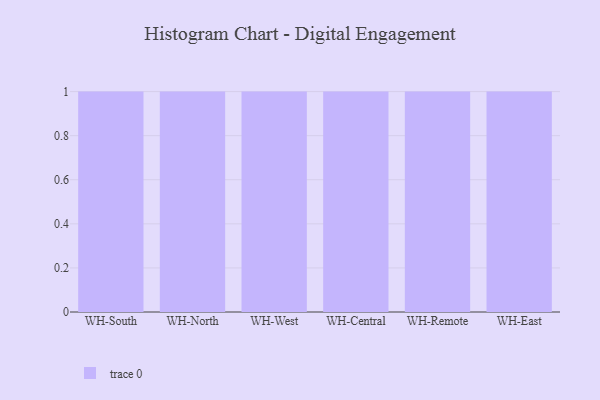
{"axis": {"x": "Warehouse", "y": "Operating Costs (USD K)"}, "legend": [""], "data": [{"x": "WH-South", "y": 11, "type": ""}, {"x": "WH-North", "y": 55, "type": ""}, {"x": "WH-West", "y": 18, "type": ""}, {"x": "WH-Central", "y": 11, "type": ""}, {"x": "WH-Remote", "y": 6, "type": ""}, {"x": "WH-East", "y": 2, "type": ""}]}